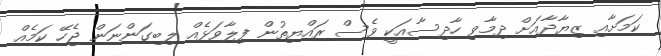
ކަމަށާއި ޒިޔާދާއަށް ދިމާވި ހާދިސާއަކީ ވެސް ރައްޔިތުން ފިލާވަޅެއް ލިބިގަންނަން ޖެހޭ ކަމެއް